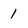
Character: 1